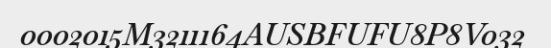
0002015M3211164AUSBFUFU8P8V032